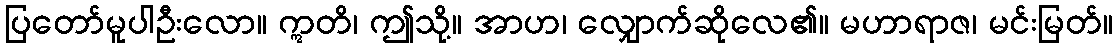
ပြတော်မူပါဦးလော။ ဣတိ၊ ဤသို့။ အာဟ၊ လျှောက်ဆိုလေ၏။ မဟာရာဇ၊ မင်းမြတ်။